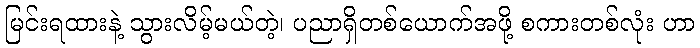
မြင်းရထားနဲ့ သွားလိမ့်မယ်တဲ့၊ ပညာရှိတစ်ယောက်အဖို့ စကားတစ်လုံး ဟာ